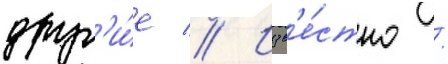
друг'и́е // Изв'е́стно /